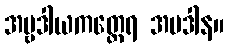
အမ္ဗဒါယကတ္ထေရ အပဒါန။